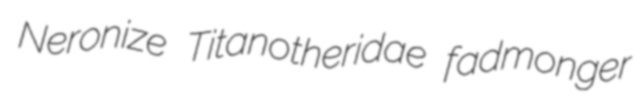
Neronize Titanotheridae fadmonger